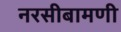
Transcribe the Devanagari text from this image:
नरसीबामणी